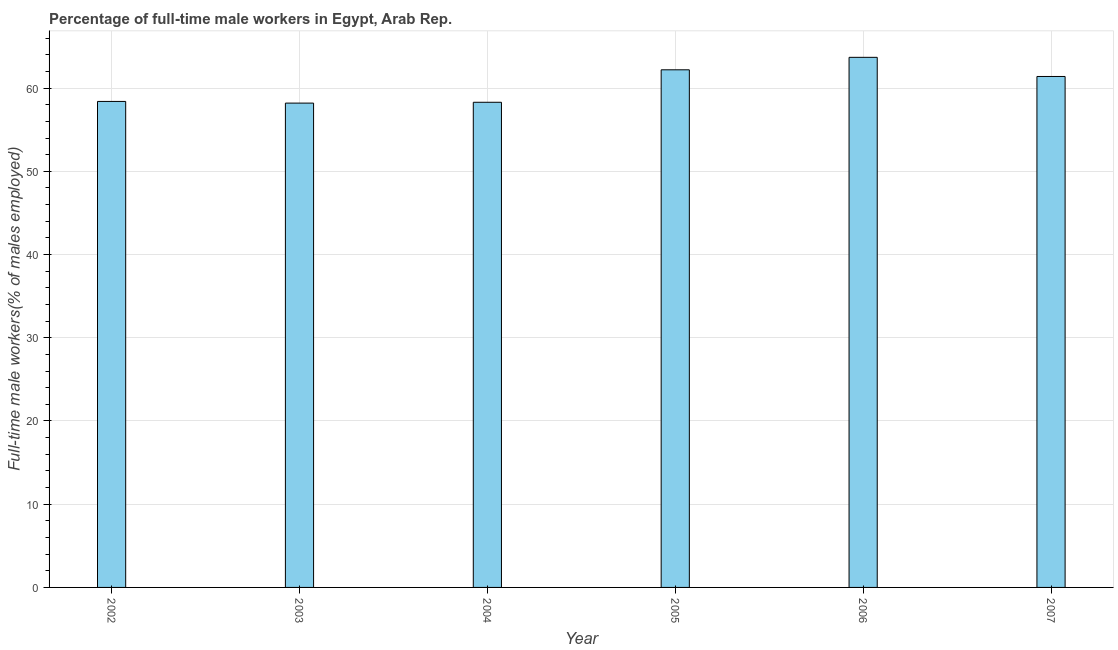
| Year | Wage and salary workers |
 | --- | --- |
 | 2002 | 58.4 |
 | 2003 | 58.2 |
 | 2004 | 58.3 |
 | 2005 | 62.2 |
 | 2006 | 63.7 |
 | 2007 | 61.4 |